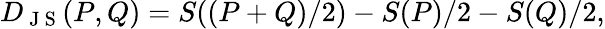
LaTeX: D_{\mathrm{~J~S~}}(P,Q)=S((P+Q)/2)-S(P)/2-S(Q)/2,